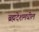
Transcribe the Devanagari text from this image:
ब्रह्मदेशमधील